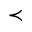
\prec